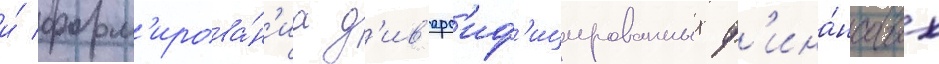
и́ форм'ирова́н'иа д'ив'ерс'иф'ицированных ф'ина́нсовых